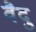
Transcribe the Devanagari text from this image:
वैदु